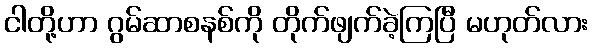
ငါတို့ဟာ ဂွမ်ဆာစနစ်ကို တိုက်ဖျက်ခဲ့ကြပြီ မဟုတ်လား